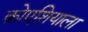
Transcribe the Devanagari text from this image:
क्रोएशियाला